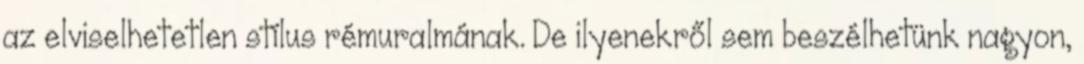
az elviselhetetlen stílus rémuralmának. De ilyenekről sem beszélhetünk nagyon,